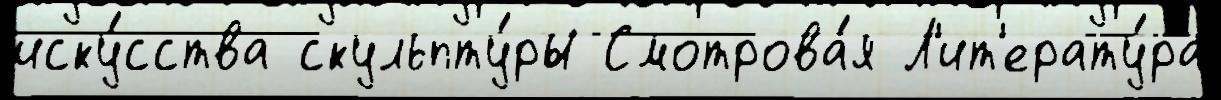
иску́сства скульпту́ры Смотрова́я Л'ит'ерату́ра